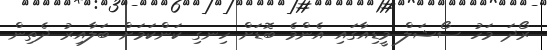
ރޯދަ މަހު ސޯޝަލް މީޑިއާގައި އެންމެ ބޮޑަށް ހިނގި ކަންކަމަށް ބަލާއިރު ދެތިން